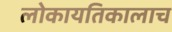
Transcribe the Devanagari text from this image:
लोकायतिकालाच